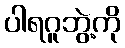
ပါရဂူဘွဲ့ကို